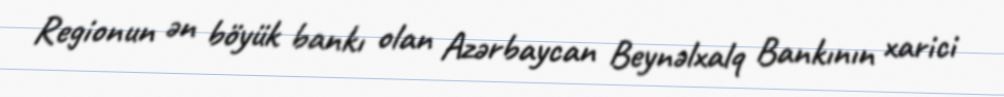
Regionun ən böyük bankı olan Azərbaycan Beynəlxalq Bankının xarici